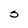
Character: s